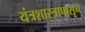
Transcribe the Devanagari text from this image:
यंत्रशास्त्रापासून